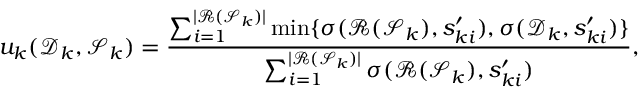
u _ { k } ( \mathcal D _ { k } , \mathcal S _ { k } ) = \frac { \sum _ { i = 1 } ^ { | \mathcal R ( \mathcal S _ { k } ) | } \operatorname* { m i n } \{ \sigma ( \mathcal R ( \mathcal S _ { k } ) , s _ { k i } ^ { \prime } ) , \sigma ( \mathcal D _ { k } , s _ { k i } ^ { \prime } ) \} } { \sum _ { i = 1 } ^ { | \mathcal R ( \mathcal S _ { k } ) | } \sigma ( \mathcal R ( \mathcal S _ { k } ) , s _ { k i } ^ { \prime } ) } ,